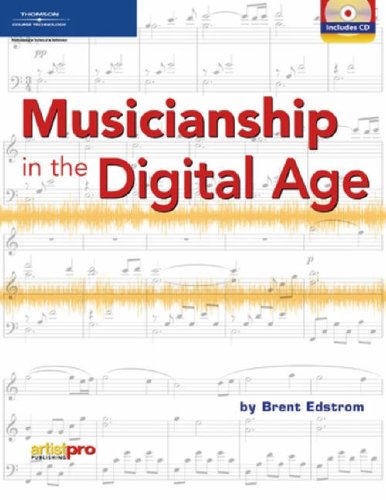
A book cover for Musicianship in the Digital Age; Brent Edstrom; Computers & Technology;